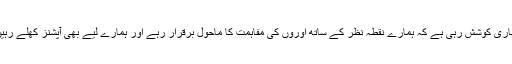
ہماری کوشش رہی ہے کہ ہمارے نقطہ نظر کے ساتھ اوروں کی مفاہمت کا ماحول برقرار رہے اور ہمارے لیے بھی آپشنز کھلے رہیں۔